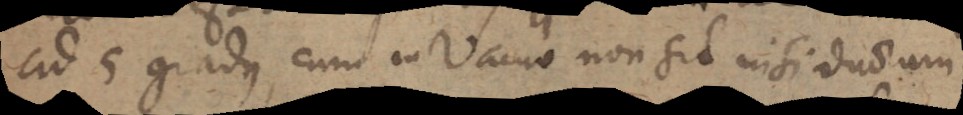
ad 5 gradus, cum in Vacuo non sit nisi duorum